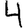
Digit: 4